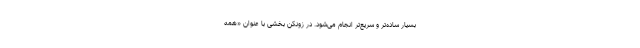
بسیار ساده‌تر و سریع‌تر انجام می‌شود. در زونکن بخشی با عنوان «همه